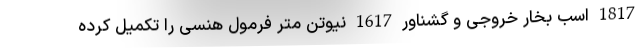
1817 اسب بخار خروجی و گشناور 1617 نیوتن متر فرمول هنسی را تکمیل کرده